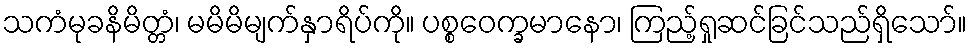
သကံမုခနိမိတ္တံ၊ မမိမိမျက်နှာရိပ်ကို။ ပစ္စဝေက္ခမာနော၊ ကြည့်ရှုဆင်ခြင်သည်ရှိသော်။